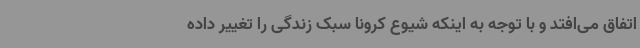
اتفاق می‌افتد و با توجه به اینکه شیوع کرونا سبک زندگی را تغییر داده